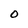
Character: O